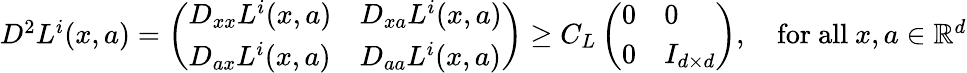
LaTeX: \begin{array}{r}{D^{2}L^{i}(x,a)=\left(\begin{array}{ll}{D_{xx}L^{i}(x,a)}&{D_{xa}L^{i}(x,a)}\\ {D_{ax}L^{i}(x,a)}&{D_{aa}L^{i}(x,a)}\end{array}\right)\geq C_{L}\left(\begin{array}{ll}{0}&{0}\\ {0}&{I_{d\times d}}\end{array}\right),\quad\mathrm{for~all~}x,a\in{\mathbb R}^{d}}\end{array}